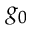
g _ { 0 }